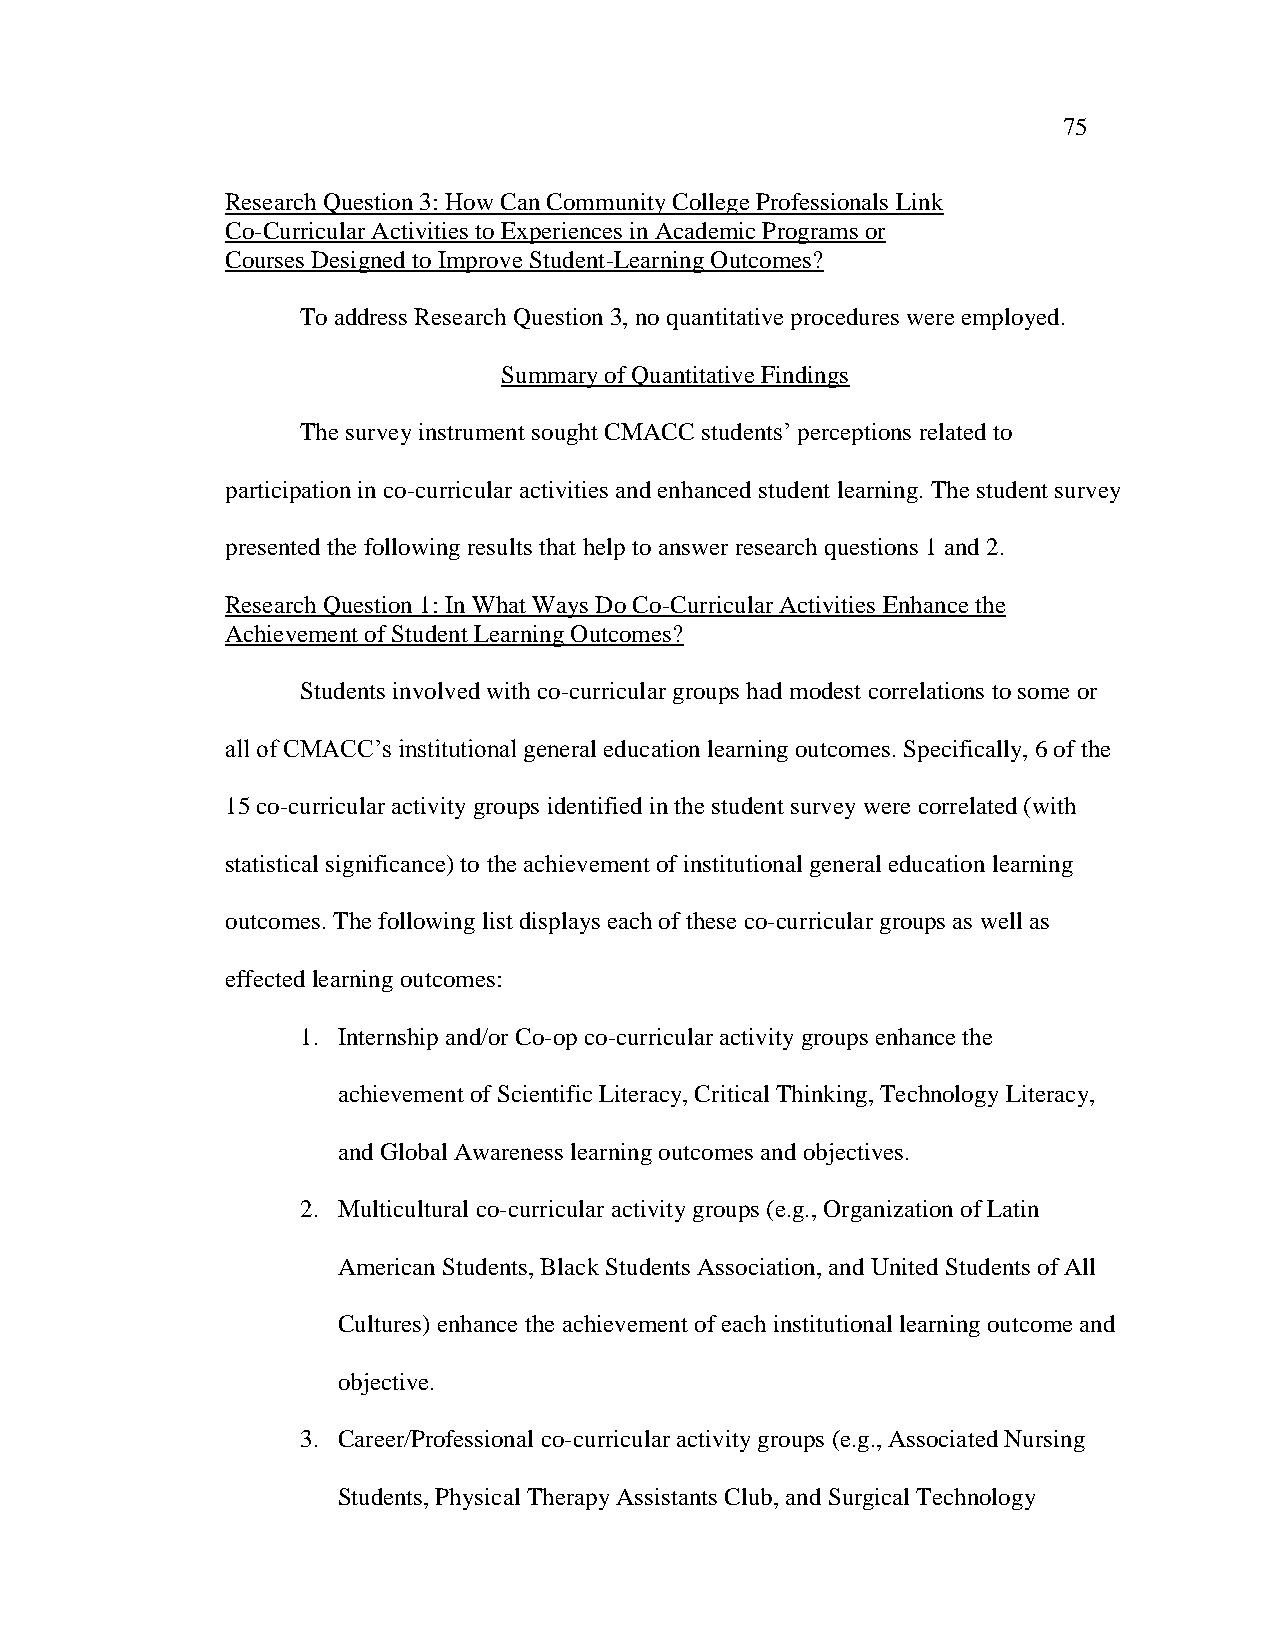
75
 Research Question 3: How Can Community College Professionals Link
 Co-Curricular Activities to Experiences in Academic Programs or
 Courses Designed to Improve Student-Learning Outcomes?
 To address Research Question 3, no quantitative procedures were employed.
 Summary of Quantitative Findings
 The survey instrument sought CMACC students‘ perceptions related to
 participation in co-curricular activities and enhanced student learning. The student survey
 presented the following results that help to answer research questions 1 and 2.
 Research Question 1: In What Ways Do Co-Curricular Activities Enhance the
 Achievement of Student Learning Outcomes?
 Students involved with co-curricular groups had modest correlations to some or
 all of CMACC‘s institutional general education learning outcomes. Specifically, 6 of the
 15 co-curricular activity groups identified in the student survey were correlated (with
 statistical significance) to the achievement of institutional general education learning
 outcomes. The following list displays each of these co-curricular groups as well as
 effected learning outcomes:
 1. Internship and/or Co-op co-curricular activity groups enhance the
 achievement of Scientific Literacy, Critical Thinking, Technology Literacy,
 and Global Awareness learning outcomes and objectives.
 2. Multicultural co-curricular activity groups (e.g., Organization of Latin
 American Students, Black Students Association, and United Students of All
 Cultures) enhance the achievement of each institutional learning outcome and
 objective.
 3. Career/Professional co-curricular activity groups (e.g., Associated Nursing
 Students, Physical Therapy Assistants Club, and Surgical Technology